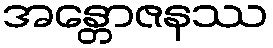
အန္တောဇနဿ